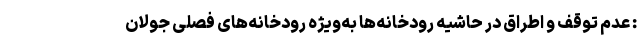
: عدم توقف و اطراق در حاشیه رودخانه‌ها به‌ویژه رودخانه‌های فصلی جولان